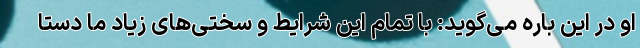
او در این باره می‌گوید: با تمام این شرایط و سختی‌های زیاد ما دستا